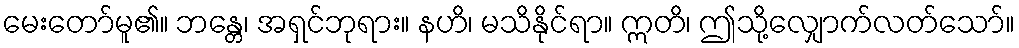
မေးတော်မူ၏။ ဘန္တေ၊ အရှင်ဘုရား။ နဟိ၊ မသိနိုင်ရာ။ ဣတိ၊ ဤသို့လျှောက်လတ်သော်။